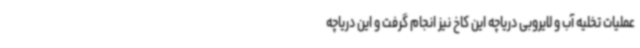
عملیات تخلیه آب و لایروبی دریاچه این کاخ نیز انجام گرفت و این دریاچه